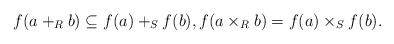
LaTeX: \begin{align*} f(a+_Rb) \subseteq f(a)+_S f(b), f(a\times_R b)=f(a)\times_S f(b). \end{align*}